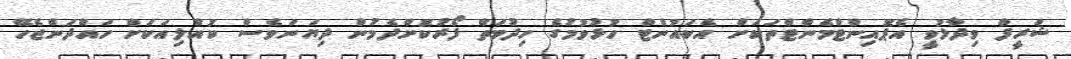
ޝަރީފް ވިދާޅުވީ އެޕޮއިންޓްމެންޓްތަކަށް އެކައުންޓް ހުޅުވުމުގެ ހިދުމަތް ފޯރުކޮށްދެމުން ދިޔަނަަވެސް ކުއްލިއަކަށް ހައްދަންޖެހޭ